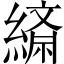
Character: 𦄴